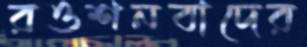
রওশনবাদের